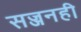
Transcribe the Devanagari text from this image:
सज्जनही